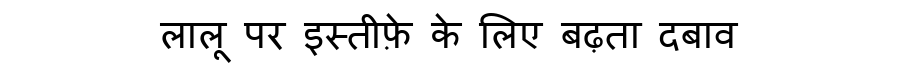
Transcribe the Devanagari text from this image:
लालू पर इस्तीफ़े के लिए बढ़ता दबाव